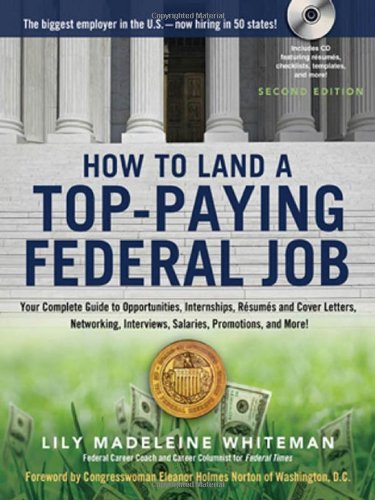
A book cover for How to Land a Top-Paying Federal Job: Your Complete Guide to Opportunities, Internships, Resumes and Cover Letters, Networking, Interviews, Salaries, Promotions, and More!; Lily Madeleine Whiteman; Business & Money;